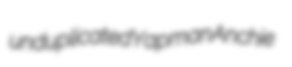
unduplicated Yapman Anchie